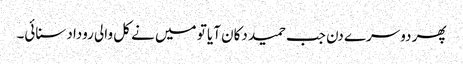
پھر دوسرے دن جب حمید دکان آیا تو میں نے کل والی روداد سنائی۔